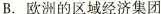
B. 欧洲的区域经济集团